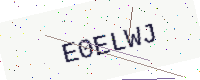
Text: E0ELWJ